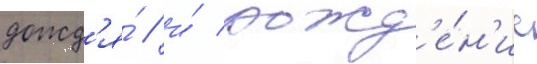
дожд'я́ / и́ рожд'е́н'ие